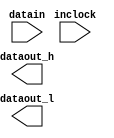
// megafunction wizard: %ALTDDIO_IN%VBB%
// GENERATION: STANDARD
// VERSION: WM1.0
// MODULE: altddio_in 

// ============================================================
// Megafunction Name(s):
// 			altddio_in
//
// Simulation Library Files(s):
// 			altera_mf
// ============================================================
// ************************************************************
// THIS IS A WIZARD-GENERATED FILE. DO NOT EDIT THIS FILE!
//
// 9.0 Build 235 06/17/2009 SP 2 SJ Full Version
// ************************************************************

//Copyright (C) 1991-2009 Altera Corporation
//Your use of Altera Corporation's design tools, logic functions 
//and other software and tools, and its AMPP partner logic 
//functions, and any output files from any of the foregoing 
//(including device programming or simulation files), and any 
//associated documentation or information are expressly subject 
//to the terms and conditions of the Altera Program License 
//Subscription Agreement, Altera MegaCore Function License 
//Agreement, or other applicable license agreement, including, 
//without limitation, that your use is for the sole purpose of 
//programming logic devices manufactured by Altera and sold by 
//Altera or its authorized distributors.  Please refer to the 
//applicable agreement for further details.

module DDR_I (
	datain,
	inclock,
	dataout_h,
	dataout_l);

	input	[4:0]  datain;
	input	  inclock;
	output	[4:0]  dataout_h;
	output	[4:0]  dataout_l;

endmodule

// ============================================================
// CNX file retrieval info
// ============================================================
// Retrieval info: PRIVATE: ARESET_MODE NUMERIC "2"
// Retrieval info: PRIVATE: CLKEN NUMERIC "0"
// Retrieval info: PRIVATE: INTENDED_DEVICE_FAMILY STRING "Arria II GX"
// Retrieval info: PRIVATE: INVERT_INPUT_CLOCKS NUMERIC "0"
// Retrieval info: PRIVATE: POWER_UP_HIGH NUMERIC "0"
// Retrieval info: PRIVATE: SRESET_MODE NUMERIC "2"
// Retrieval info: PRIVATE: SYNTH_WRAPPER_GEN_POSTFIX STRING "0"
// Retrieval info: PRIVATE: WIDTH NUMERIC "5"
// Retrieval info: CONSTANT: INTENDED_DEVICE_FAMILY STRING "Arria II GX"
// Retrieval info: CONSTANT: INVERT_INPUT_CLOCKS STRING "OFF"
// Retrieval info: CONSTANT: LPM_TYPE STRING "altddio_in"
// Retrieval info: CONSTANT: POWER_UP_HIGH STRING "OFF"
// Retrieval info: CONSTANT: WIDTH NUMERIC "5"
// Retrieval info: USED_PORT: datain 0 0 5 0 INPUT NODEFVAL datain[4..0]
// Retrieval info: USED_PORT: dataout_h 0 0 5 0 OUTPUT NODEFVAL dataout_h[4..0]
// Retrieval info: USED_PORT: dataout_l 0 0 5 0 OUTPUT NODEFVAL dataout_l[4..0]
// Retrieval info: USED_PORT: inclock 0 0 0 0 INPUT_CLK_EXT NODEFVAL inclock
// Retrieval info: CONNECT: @datain 0 0 5 0 datain 0 0 5 0
// Retrieval info: CONNECT: dataout_h 0 0 5 0 @dataout_h 0 0 5 0
// Retrieval info: CONNECT: dataout_l 0 0 5 0 @dataout_l 0 0 5 0
// Retrieval info: CONNECT: @inclock 0 0 0 0 inclock 0 0 0 0
// Retrieval info: LIBRARY: altera_mf altera_mf.altera_mf_components.all
// Retrieval info: GEN_FILE: TYPE_NORMAL DDR_I.v TRUE
// Retrieval info: GEN_FILE: TYPE_NORMAL DDR_I.ppf TRUE
// Retrieval info: GEN_FILE: TYPE_NORMAL DDR_I.inc FALSE
// Retrieval info: GEN_FILE: TYPE_NORMAL DDR_I.cmp FALSE
// Retrieval info: GEN_FILE: TYPE_NORMAL DDR_I.bsf FALSE
// Retrieval info: GEN_FILE: TYPE_NORMAL DDR_I_inst.v FALSE
// Retrieval info: GEN_FILE: TYPE_NORMAL DDR_I_bb.v TRUE
// Retrieval info: LIB_FILE: altera_mf